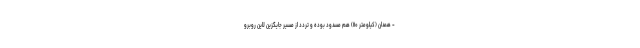
- همدان (کیلومتر ۱۱۰) هم مسدود بوده و تردد از مسیر جایگزین لاین روبرو